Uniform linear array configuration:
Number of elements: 24
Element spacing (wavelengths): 0.75
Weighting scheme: hamming
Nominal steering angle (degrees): -45
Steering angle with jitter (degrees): -46.125
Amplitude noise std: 0.05
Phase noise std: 0.05

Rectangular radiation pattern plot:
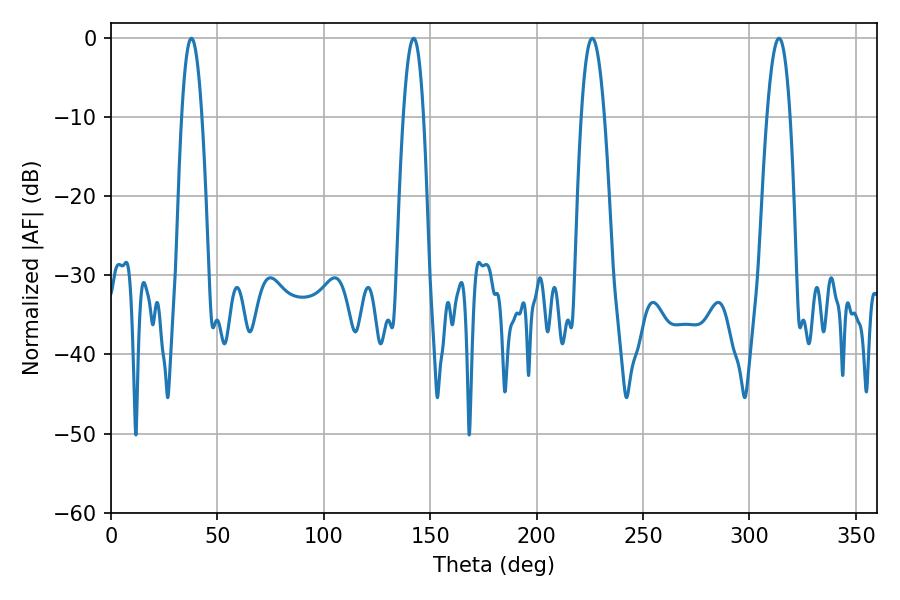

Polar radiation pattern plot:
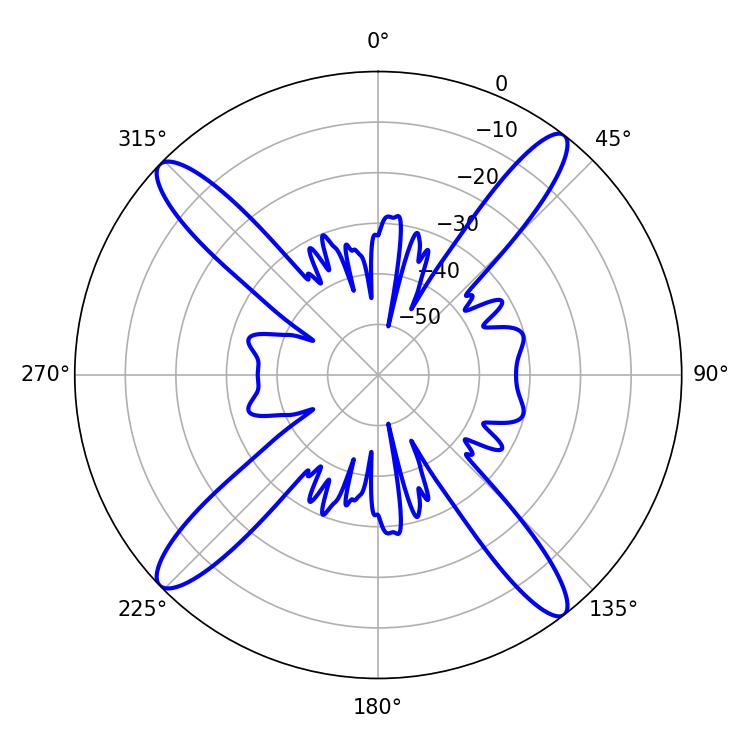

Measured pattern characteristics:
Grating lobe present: TRUE
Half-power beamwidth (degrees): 5.22
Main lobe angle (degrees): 37.8